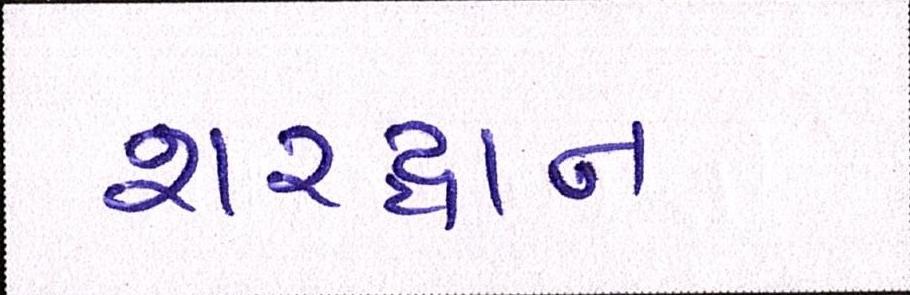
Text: શરદ્વાન